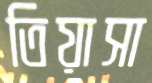
তিয়াসা